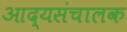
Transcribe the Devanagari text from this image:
आद्यसंचालक